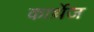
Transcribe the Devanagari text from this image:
कार्थ़ेज